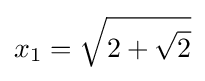
x_{1}={\sqrt {2+{\sqrt {2}}}}